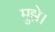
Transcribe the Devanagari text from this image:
मुझे।